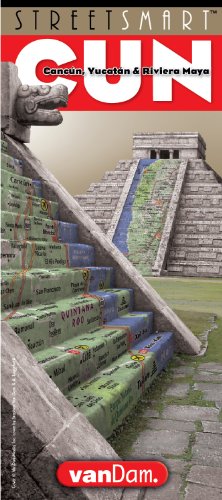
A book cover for StreetSmart Cancun Map by VanDam - City Street Map of Cancun - Laminated folding pocket size city travel and subway map; Stephan Van Dam; Travel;